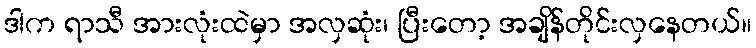
ဒါက ရာသီ အားလုံးထဲမှာ အလှဆုံး၊ ပြီးတော့ အချိန်တိုင်းလှနေတယ်။